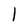
Character: l